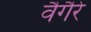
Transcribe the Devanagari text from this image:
वैगैरे